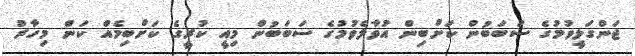
ޖަންގަލީވުމުގެ ސަބަބުން ކަށްބިން އުވާލެވުމުގެ ސަބަބުން މިއީ ކުރީގެ ކަށްބިމެއް ކަން މިހާރު